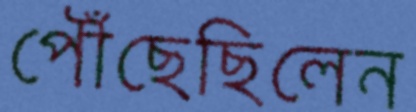
পৌঁছেছিলেন